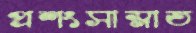
প্রশংসাস্নাত